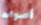
أصوات